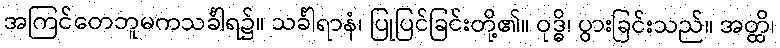
အကြင်တေဘူမကသင်္ခါရ၌။ သင်္ခါရာနံ၊ ပြုပြင်ခြင်းတို့၏။ ဝုဒ္ဓိ၊ ပွားခြင်းသည်။ အတ္ထိ၊